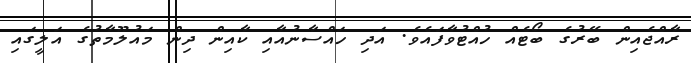
ރާއްޖެއިން ބޭރުގެ ބޯޓެއް ހުއްޓުވާފައެވެ. އަދި ހައްސާނުއާއި ކާއިން ދިން މައުލޫމާތުގެ އަލީގައި